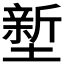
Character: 𭏻